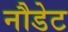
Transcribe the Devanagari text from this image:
नौडेट